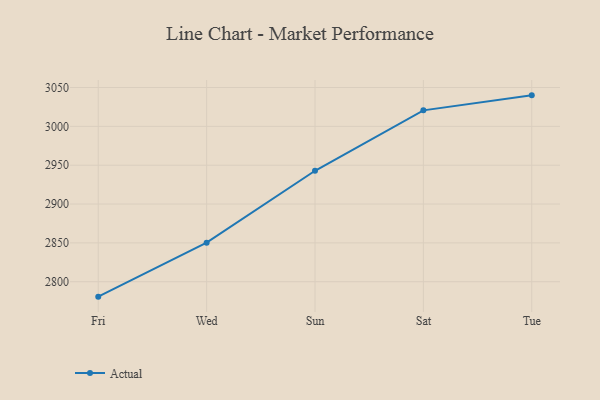
{"axis": {"x": "Day", "y": "Energy Usage (MWh)"}, "legend": ["Actual"], "data": [{"x": "Fri", "y": 2780.8, "type": "Actual"}, {"x": "Wed", "y": 2850.3, "type": "Actual"}, {"x": "Sun", "y": 2942.8, "type": "Actual"}, {"x": "Sat", "y": 3020.6, "type": "Actual"}, {"x": "Tue", "y": 3039.9, "type": "Actual"}]}